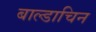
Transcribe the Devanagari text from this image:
बाल्डाचिन